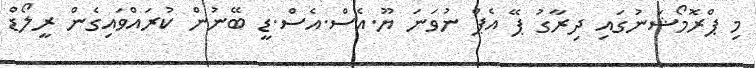
މި ޕްރޮމޯޝަނުގައި ދިރާގު ޕޭ އެޕް ނުވަނަ ޔޫ.އެސް.އެސް.ޑީ ބޭނުން ކުރައްވައިގެން ރީލޯޑް